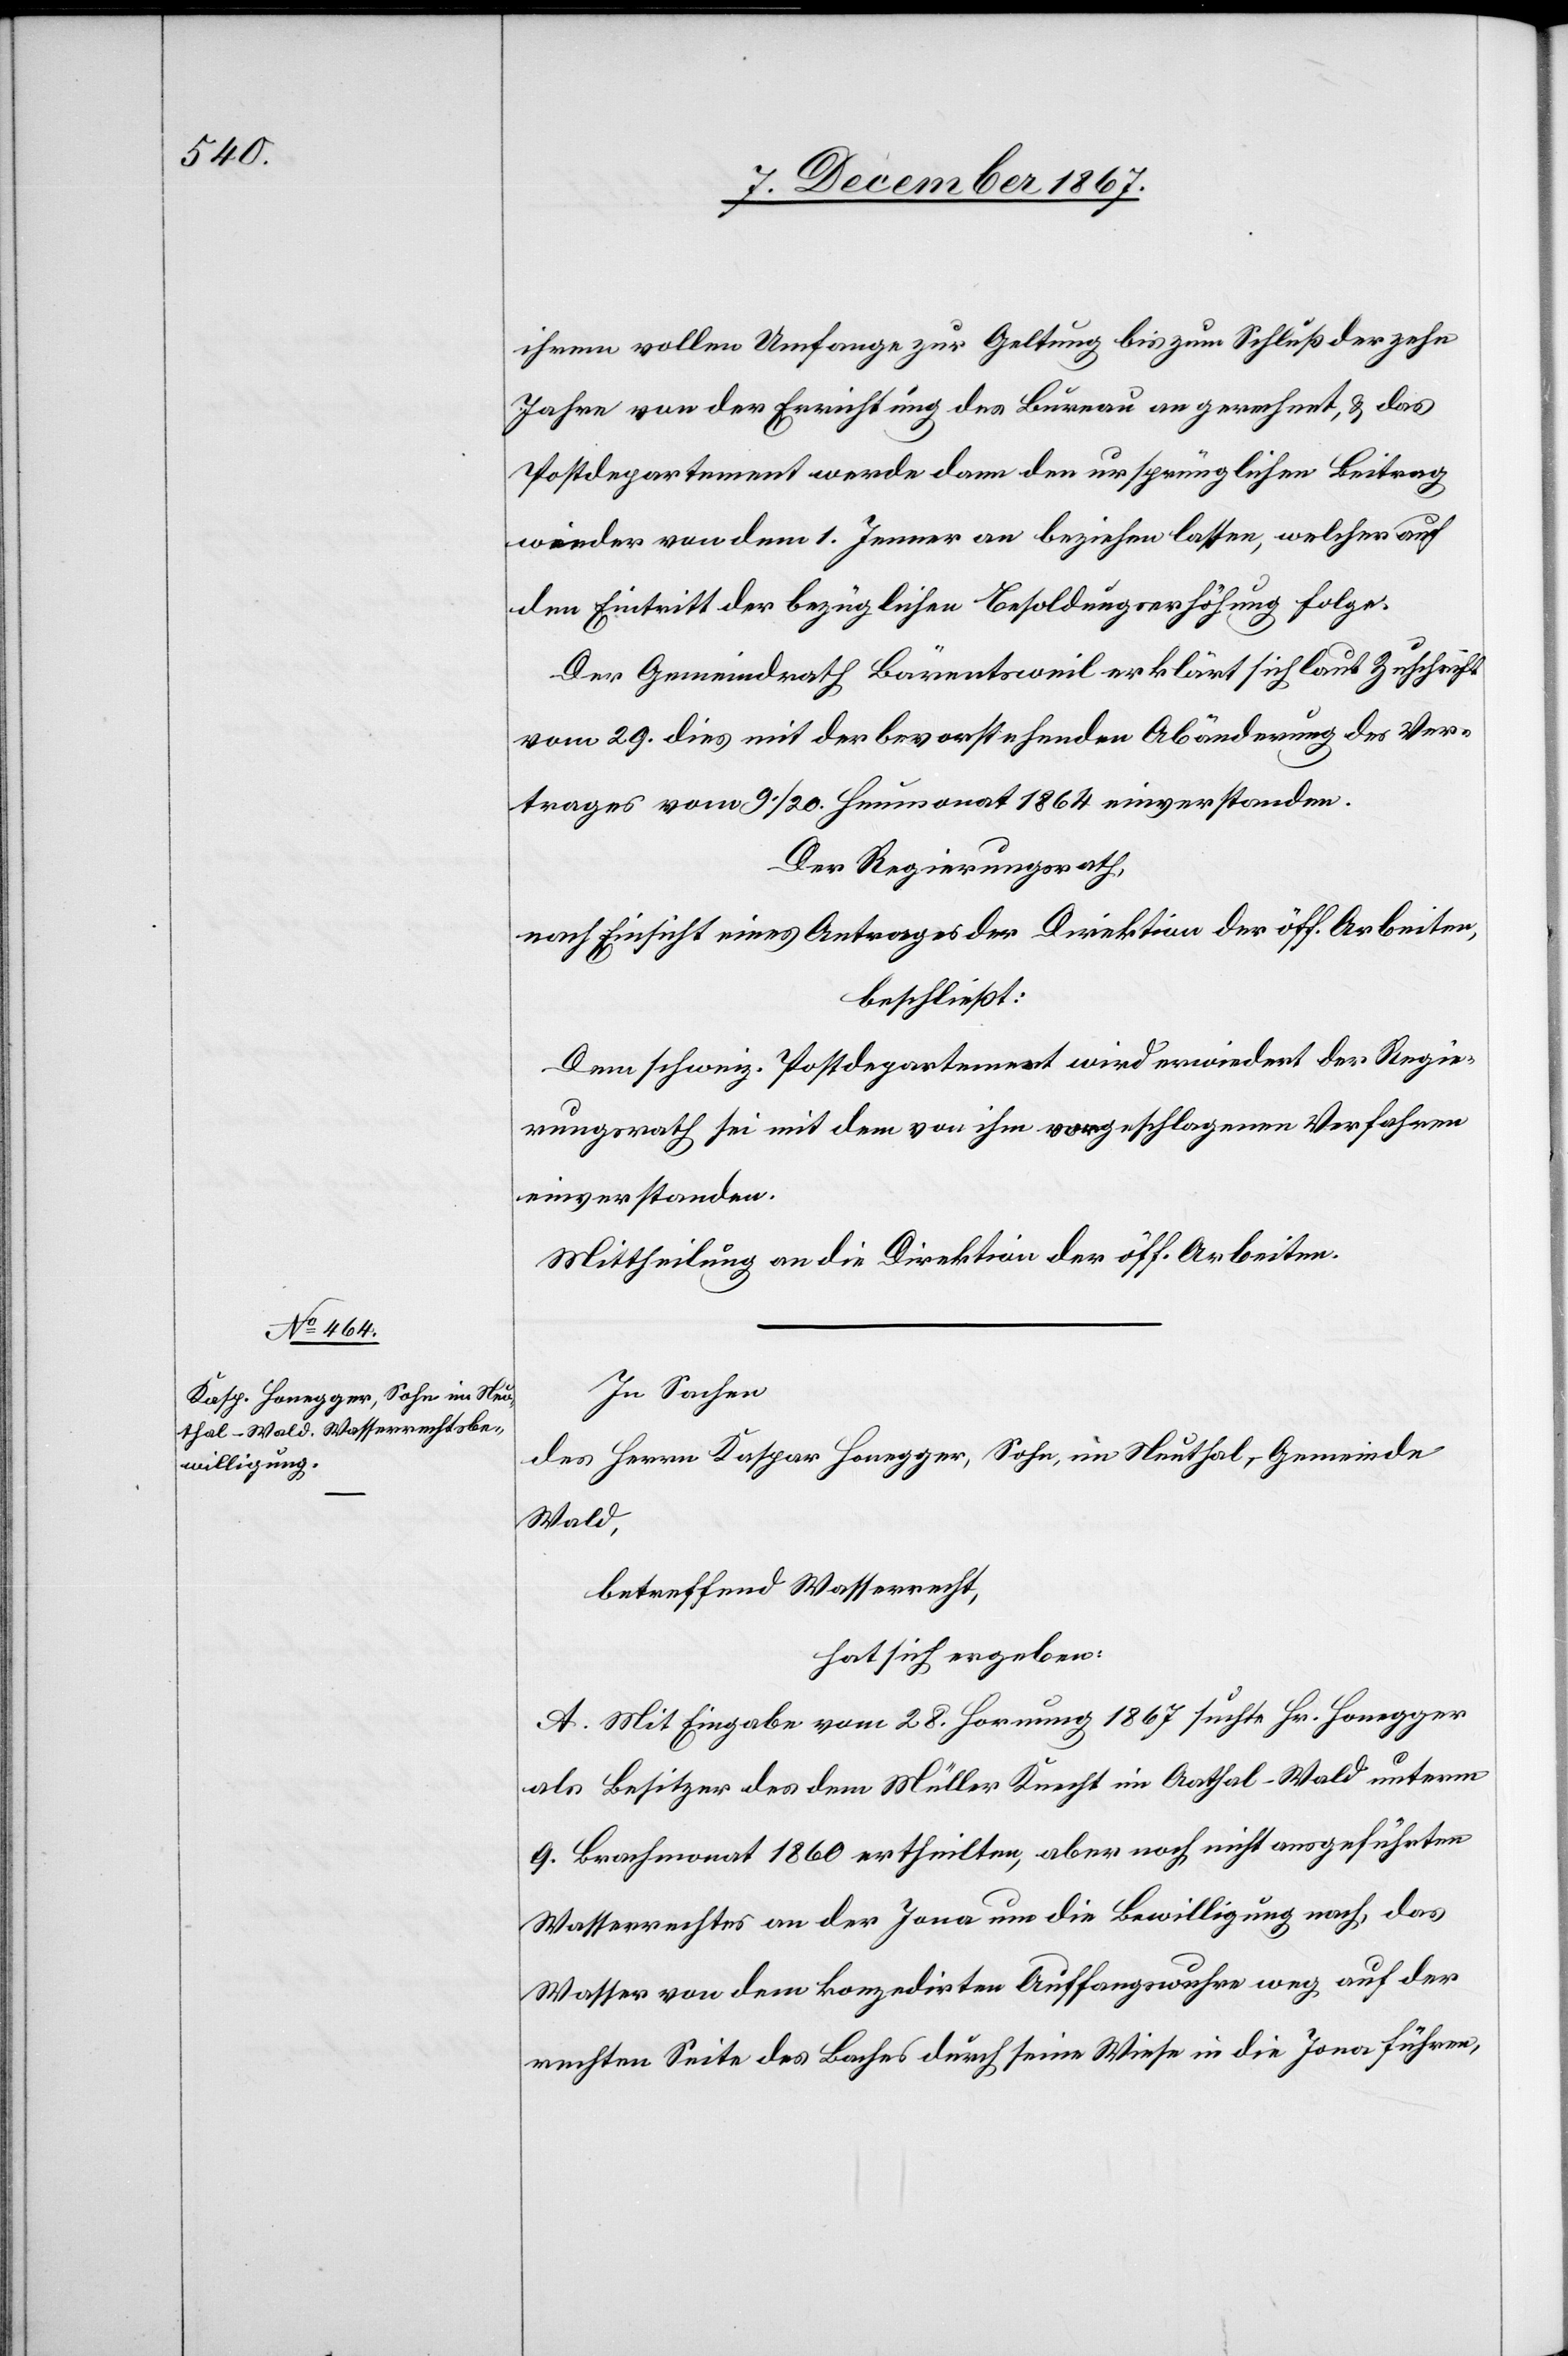
ihrem vollen Umfange zur Geltung bis zum Schluß der zehn
Jahre von der Errichtung des Bureau an gerechnet, u. das
Postdepartement werde dann den ursprünglichen Beitrag
wieder von dem 1. Jenner an beziehen lassen, welcher auf
den Eintritt der bezüglichen Besoldungserhöhung folge.
Der Gemeindrath Bärentsweil erklärt sich laut Zuschrift
vom 29. dies mit der bevorstehenden Abänderung der Ver¬
trages vom 9./20. Heumonat 1864 einverstanden.
Der Regierungsrath,
nach Einsicht eines Antrages der Direktion der öff. Arbeiten,
beschließt:
Dem schweiz. Postdepartement wird erwiedert der Regie¬
rungsrath sei mit dem von ihm vorgeschlagenen Verfahren
einverstanden.
Mittheilung an die Direktion der öff. Arbeiten.
In Sachen
des Herrn Kaspar Honegger, Sohn, im Neuthal, Gemeinde
Wald,
betreffend Wasserrecht,
hat sich ergeben:
A. Mit Eingabe vom 28. Hornung 1867 suchte Hr. Honegger
als Besitzer des dem Müller Knecht im Aathal - Wald unterm
9. Brachmonat 1860 ertheilten, aber noch nicht ausgeführten
Wasserrechtes an der Jona um die Bewilligung nach, das
Wasser von dem konzedirten Auffangswuhre weg auf der
rechten Seite des Baches durch seine Wiese in die Jona führen,